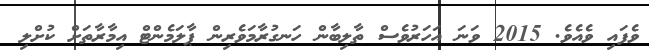
ވެފައި ވެއެވެ. 2015 ވަނަ އަހަރުވެސް ތާލިބާން ހަނގުރާމަވެރިން ޕާލަމެންޓް އިމާރާތަށް ކުށްލި